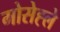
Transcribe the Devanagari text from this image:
मोसेह्ले